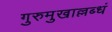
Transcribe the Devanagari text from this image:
गुरुमुखाल्लब्धं